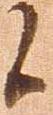
候